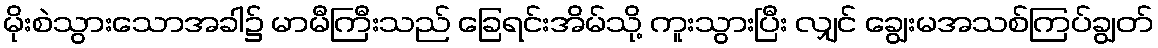
မိုးစဲသွားသောအခါ၌ မာမီကြီးသည် ခြေရင်းအိမ်သို့ ကူးသွားပြီး လျှင် ချွေးမအသစ်ကြပ်ချွတ်